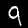
Label: 9